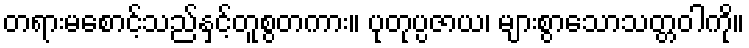
တရားမစောင့်သည်နှင့်တူစွတကား။ ပုတုပ္ပဇာယ၊ များစွာသောသတ္တဝါကို။